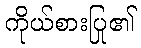
ကိုယ်စားပြု၏